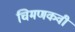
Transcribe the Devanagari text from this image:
चिमणकवी